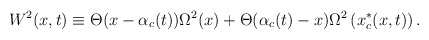
\begin{align*}W^2(x,t)\equiv \Theta(x-\alpha_c(t)) \Omega^2(x)+\Theta(\alpha_c(t)-x)\Omega^2\left(x_c^*(x,t)\right).\end{align*}